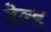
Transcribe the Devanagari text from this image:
वेल्‍ड